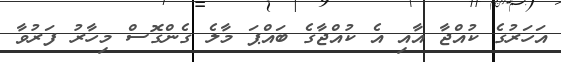
އަހަރުގެ ކުއްޖާ އާއި އެ ކުއްޖާގެ ބައްޕަ މާލެ ގެންގޮސް މިހާރު ފަރުވާ